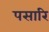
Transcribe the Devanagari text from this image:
पसारि